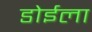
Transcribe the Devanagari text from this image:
डोईला